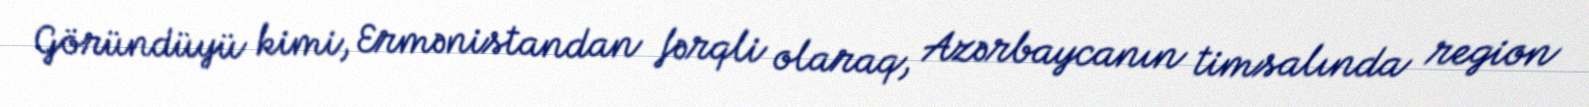
Göründüyü kimi, Ermənistandan fərqli olaraq, Azərbaycanın timsalında region